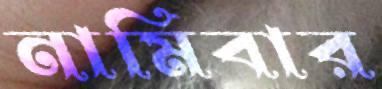
নামিবার